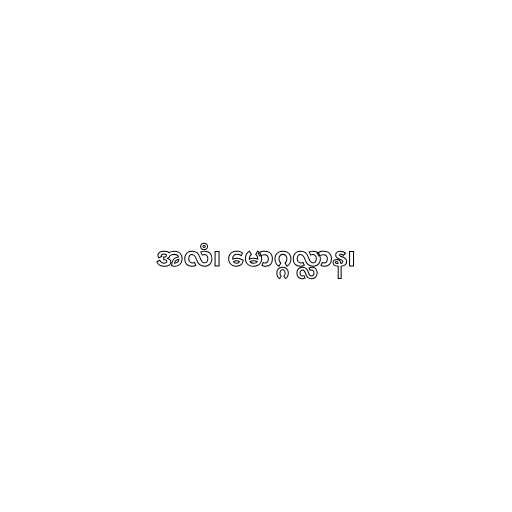
အလံ၊ မောဂ္ဂလ္လာန၊